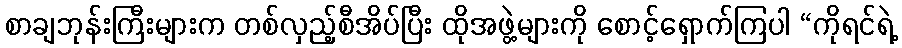
စာချဘုန်းကြီးများက တစ်လှည့်စီအိပ်ပြီး ထိုအဖွဲ့များကို စောင့်ရှောက်ကြပါ “ကိုရင်ရဲ့